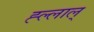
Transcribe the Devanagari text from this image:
ह्ल्लाल्